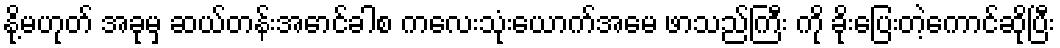
နို့မဟုတ် အခုမှ ဆယ်တန်းအောင်ခါစ ကလေးသုံးယောက်အမေ ဖာသည်ကြီး ကို ခိုးပြေးတဲ့ကောင်ဆိုပြီး